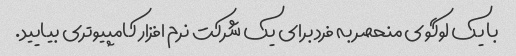
با یک لوگوی منحصر به فرد برای یک شرکت نرم افزار کامپیوتری بیایید.